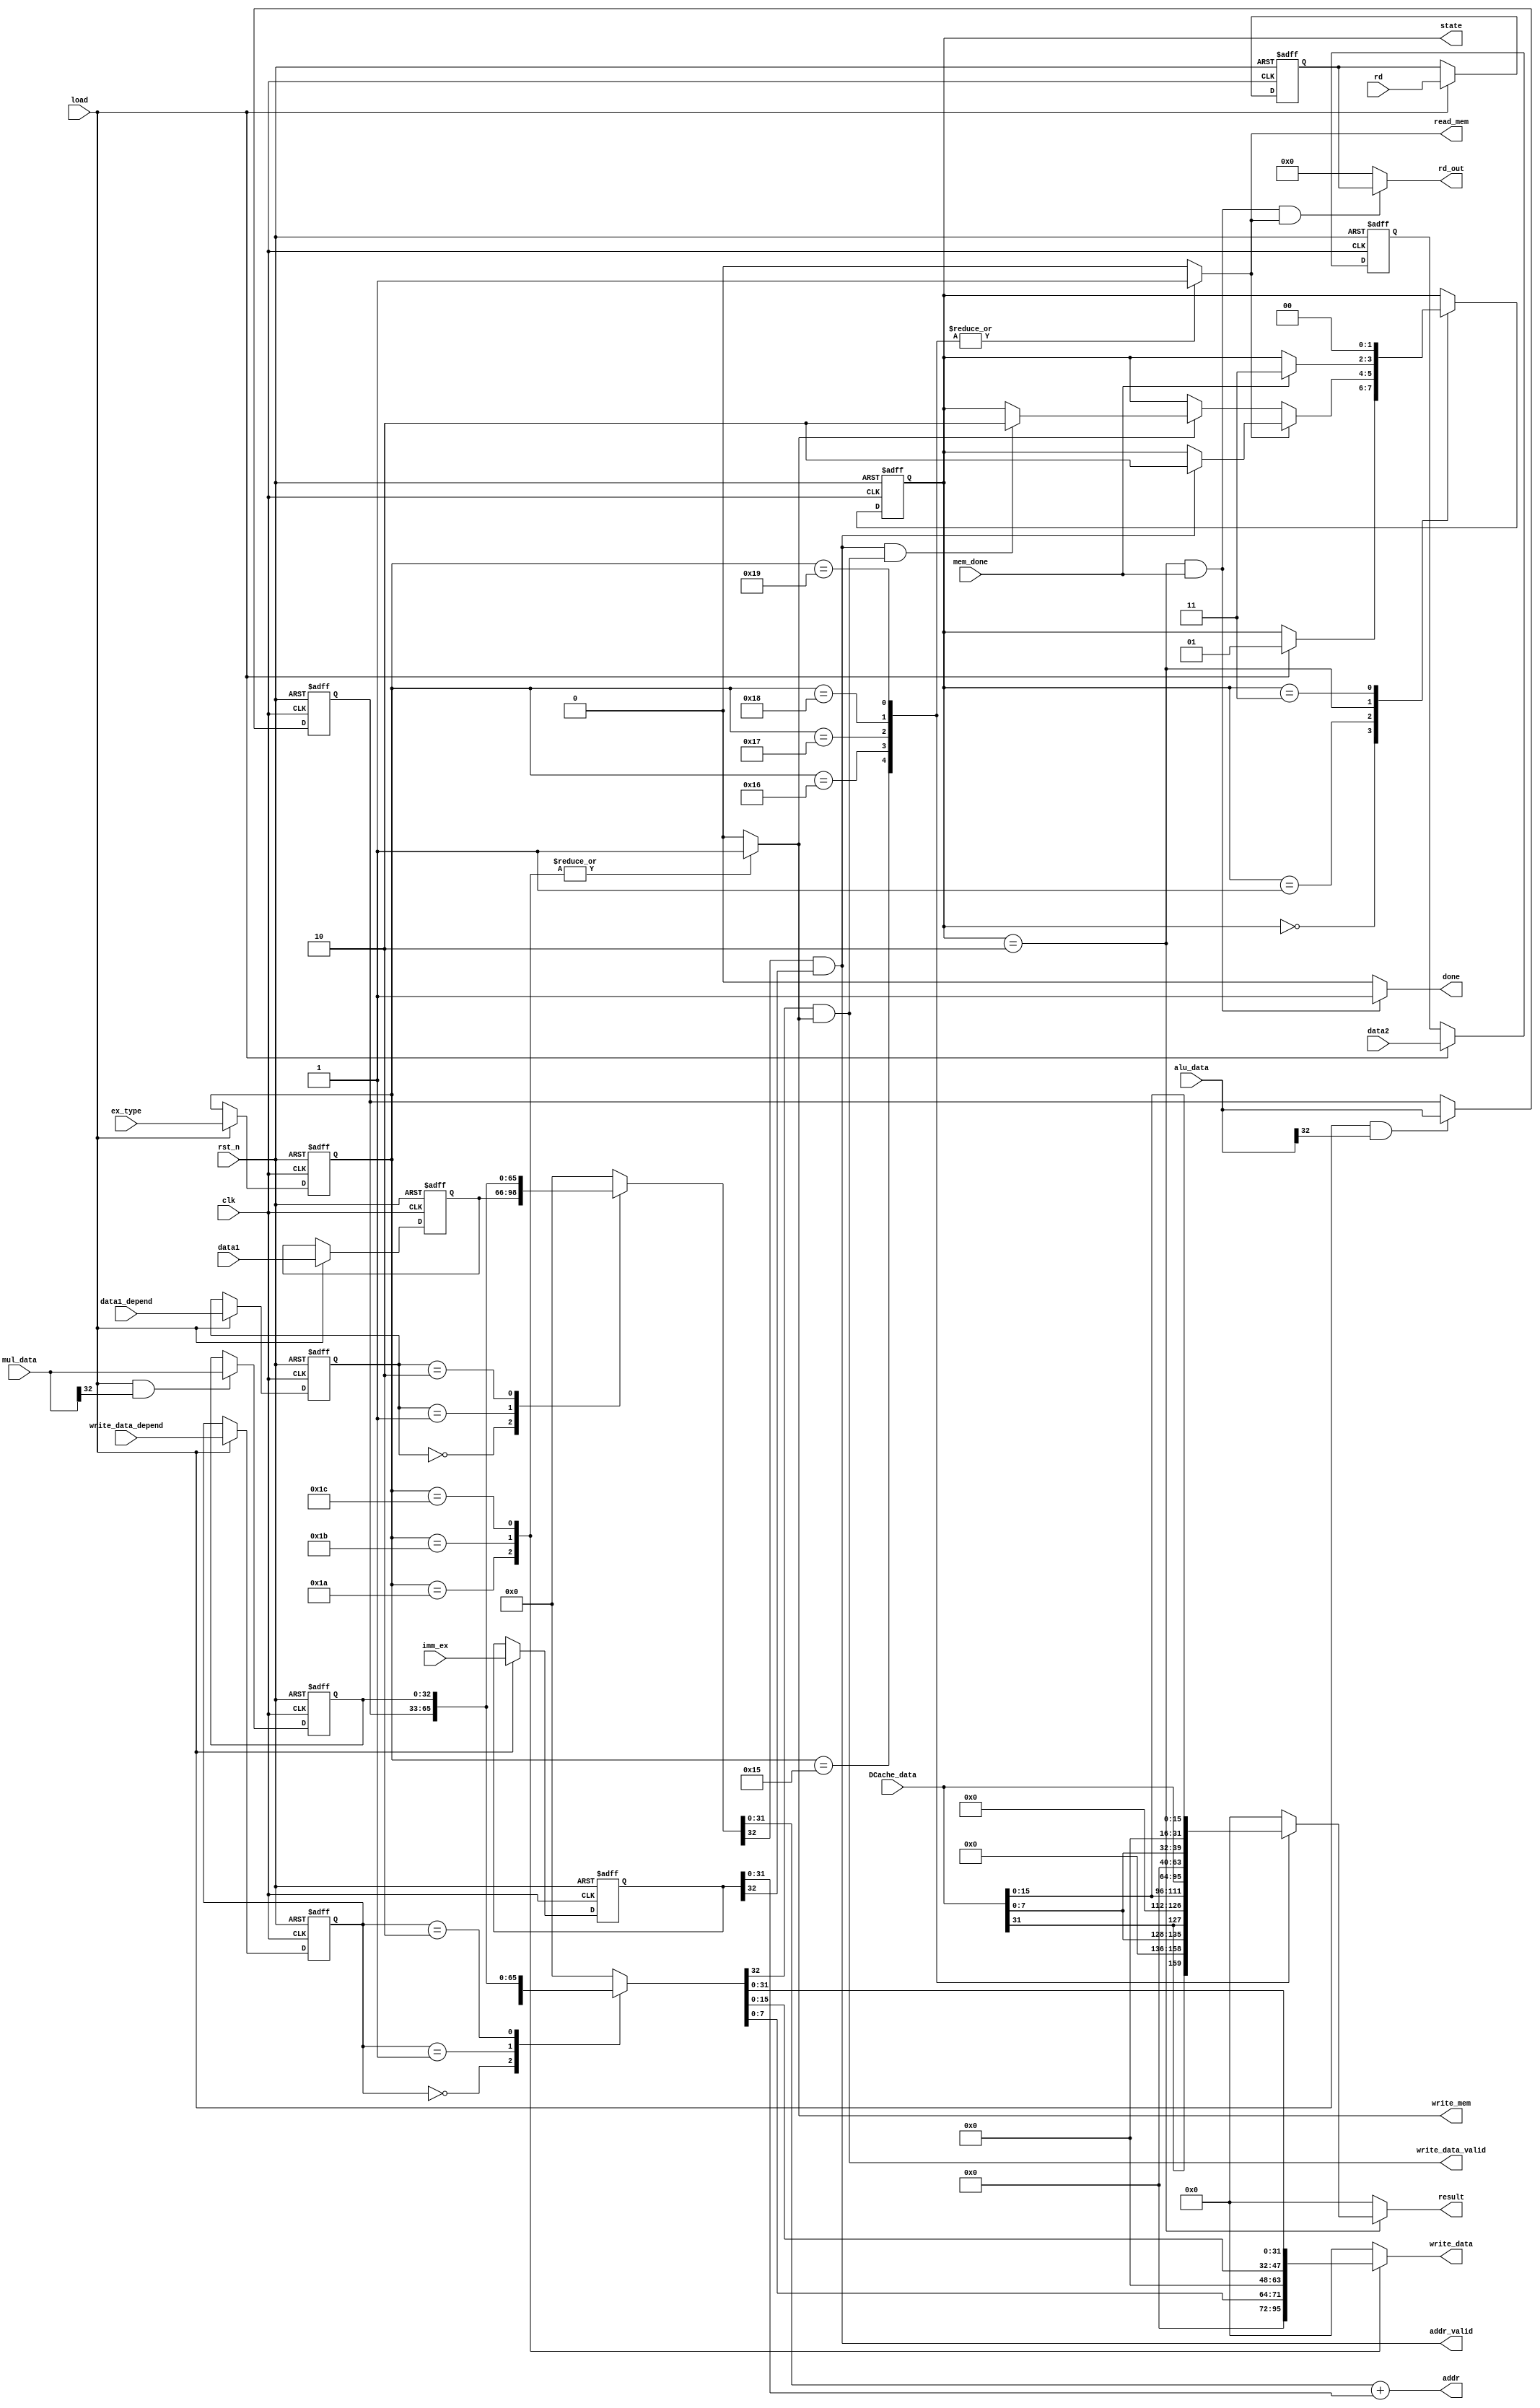
module LSU(
    input wire clk,
    input wire rst_n,
    input wire load,
    input wire [4:0] rd,
    input wire [32:0] data1,
    input wire [32:0] data2,
    input wire [32:0] imm_ex,
    input wire [32:0] alu_data,
    input wire [32:0] mul_data,
    input wire [5:0] ex_type,
    input wire [1:0] data1_depend,
    input wire [1:0] write_data_depend,
    input wire mem_done,
    input wire [31:0] DCache_data,
    output reg [1:0] state,
    output wire done,
    output wire [4:0] rd_out,
    output wire [31:0] result,
    output reg read_mem,
    output reg write_mem,
    output wire [31:0] addr,
    output wire addr_valid,
    output reg [31:0] write_data,
    output wire write_data_valid
);
    reg [32:0] operand1, write_data_tmp;
    reg [32:0] imm_ex_store;
    reg [32:0] data1_store, data2_store, alu_data_store, mul_data_store;
    reg [31:0] result_tmp;
    reg [5:0] ex_type_store;
    reg [4:0] rd_store;
    reg [1:0] data1_depend_store, write_data_depend_store;
    // reg [1:0] state; // 00 - ready, 01 - busy, 10 - wait mem, 11 - done

    wire data1_valid = operand1[32];

    
    always @(posedge clk or negedge rst_n) begin
        if(!rst_n) begin
            state <= 2'b00;
        end
        else begin
            case(state)
                2'b00: begin
                    if(load) state <= 2'b01;
                    else state <= state;
                end

                2'b01: begin
                    if(read_mem) begin
                        if(addr_valid) state <= 2'b10;
                        else state <= state;
                    end
                    else if(write_mem) begin
                        if(addr_valid & write_data_valid) state <= 2'b10;
                        else state <= state;
                    end
                end

                2'b10: begin
                    if(mem_done) state <= 2'b11;
                    else state <= state;
                end

                2'b11: begin
                    state <= 2'b00;
                end

                default: state <= 2'b00;
            endcase
        end
    end

    always @(*) begin
        case(data1_depend_store)
            2'b00: operand1 = data1_store;
            2'b01: operand1 = alu_data_store;
            2'b10: operand1 = mul_data_store;
            default: operand1 = 33'd0;
        endcase

        case(write_data_depend_store)
            2'b00: write_data_tmp = data2_store;
            2'b01: write_data_tmp = alu_data_store;
            2'b10: write_data_tmp =   mul_data_store;
            default: write_data_tmp = 33'd0;
        endcase
    end


    always @(*) begin
		case(ex_type_store)
			6'd21: begin
				result_tmp = {DCache_data[31], 23'd0, DCache_data[7:0]};
				read_mem = 1'b1;
			end
			6'd22: begin
				result_tmp = {DCache_data[31], 15'd0, DCache_data[15:0]};
				read_mem = 1'b1;
			end
			6'd23: begin
				result_tmp = DCache_data;
				read_mem = 1'b1;
			end
			6'd24: begin
				result_tmp = {24'd0, DCache_data[7:0]};
				read_mem = 1'b1;
			end
			6'd25: begin
				result_tmp = {16'd0, DCache_data[15:0]};
				read_mem = 1'b1;
			end
			default: begin
				result_tmp = 32'd0;
				read_mem = 1'b0;
			end
		endcase
    end

	always @(*) begin
		case(ex_type_store)
			6'd26: begin
				write_mem = 1'b1;
				write_data = {24'd0, write_data_tmp[7:0]};
			end
			6'd27: begin
				write_mem = 1'b1;
				write_data = {16'd0, write_data_tmp[15:0]};
			end
			6'd28: begin
				write_mem = 1'b1;
				write_data = write_data_tmp;
			end
			default: begin
				write_mem = 1'b0;
				write_data = 32'd0;
			end
		endcase
	end

    always @(posedge clk or negedge rst_n) begin
        if(!rst_n) begin
            ex_type_store <= 6'd0;
            data1_depend_store <= 2'b00;
            write_data_depend_store <= 2'b00;
            rd_store <= 5'd0;
            alu_data_store <= 33'd0;
            mul_data_store <= 33'd0;
            data1_store <= 33'd0;
            data2_store <= 33'd0;
            imm_ex_store <= 33'd0;
        end
        else begin
            ex_type_store <= load ? ex_type : ex_type_store;
            data1_depend_store <= load ? data1_depend : data1_depend_store;
            write_data_depend_store <= load ? write_data_depend : write_data_depend_store;
            data1_store <= load ? data1 : data1_store;
            data2_store <= load ? data2 : data2_store;
            rd_store <= load ? rd : rd_store;
            alu_data_store <= load & alu_data[32] ? alu_data : alu_data_store;
            mul_data_store <= load & mul_data[32] ? mul_data : mul_data_store;
            imm_ex_store <= load ? imm_ex : imm_ex_store;
        end
    end

    assign done = (state == 2'b10 & mem_done) ? 1'b1 : 1'b0;
    assign result = (state == 2'b10) ? result_tmp : 32'd0;
    assign rd_out = (state == 2'b10 & mem_done) & read_mem ? rd_store : 5'd0;
    assign addr = operand1[31:0] + imm_ex_store[31:0];
    assign addr_valid = operand1[32] & imm_ex_store[32];
    assign write_data_valid = write_data_tmp[32] & write_mem;
endmodule